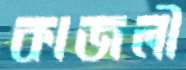
কাজলী